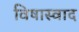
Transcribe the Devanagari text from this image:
विषास्वाद